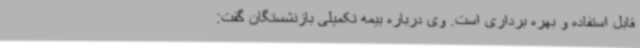
قابل استفاده و بهره برداری است. وی درباره بیمه تکمیلی بازنشستگان گفت: